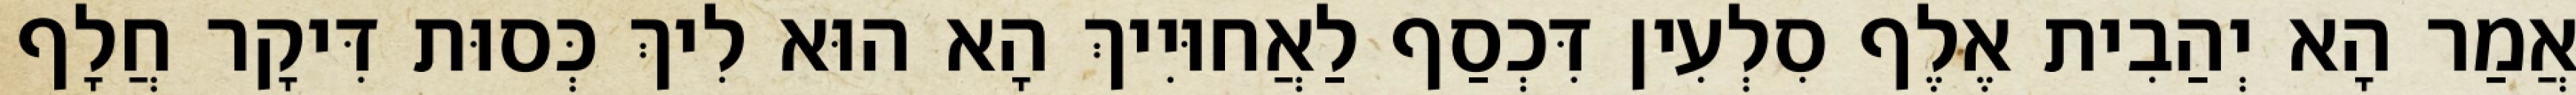
אֲמַר הָא יְהַבִית אֶלֶף סִלְעִין דִּכְסַף לַאֲחוּיִיךְ הָא הוּא לִיךְ כְּסוּת דִּיקָר חֲלָף